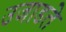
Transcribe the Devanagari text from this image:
उजाडते